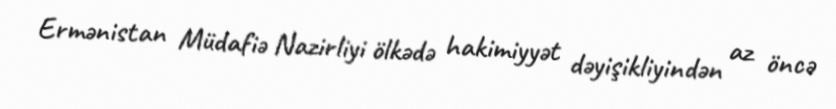
Ermənistan Müdafiə Nazirliyi ölkədə hakimiyyət dəyişikliyindən az öncə